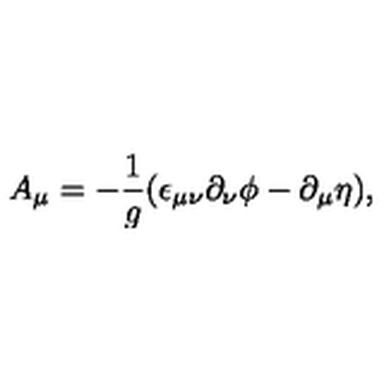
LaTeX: A _ { \mu } = - \frac { 1 } { g } ( \epsilon _ { \mu \nu } \partial _ { \nu } \phi - \partial _ { \mu } \eta ) ,